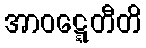
အာဝဋ္ဋေတီတိ